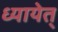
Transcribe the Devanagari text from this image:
ध्यायेत्